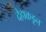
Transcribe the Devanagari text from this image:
देहाकडून